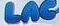
LAC